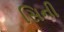
સિની